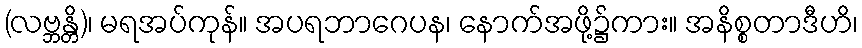
(လဗ္ဘန္တိ)၊ မရအပ်ကုန်။ အပရဘာဂေပန၊ နောက်အဖို့၌ကား။ အနိစ္စတာဒီဟိ၊